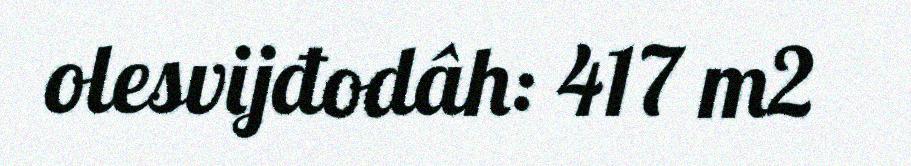
olesvijđodâh: 417 m2